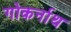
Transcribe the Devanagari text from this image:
गोकर्नाथ